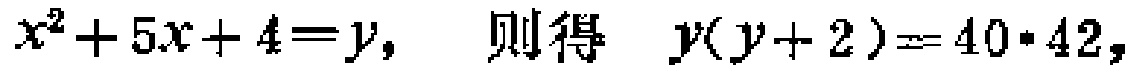
$x^{2}+5x + 4 = y,\  则得\  y(y + 2)=40\cdot42,$